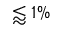
\lessapprox 1 \%